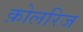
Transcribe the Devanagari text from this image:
क़ोलरिज